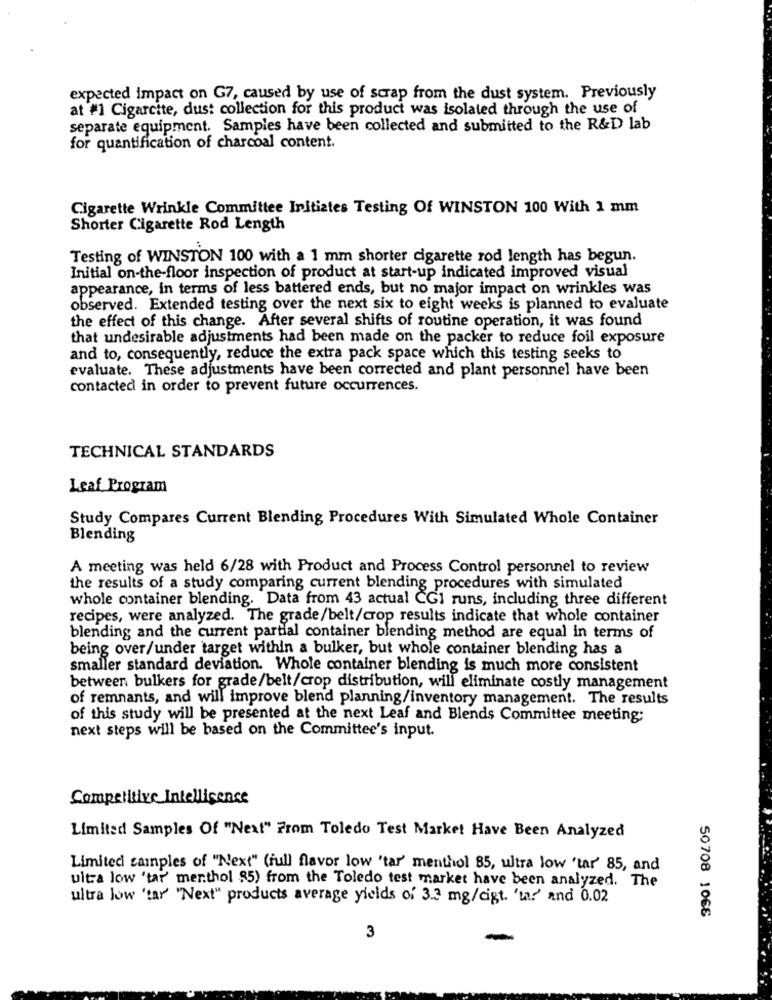
expected impact on G7, caused by use of scrap from the dust system. Previously
at #1 Cigarcite, dust collection for this product was isolated through the use of
separate equipment. Samples have been collected and submitted to the R&D lab
for quantification of charcoal content.
Cigarette Wrinkle Committee Initiates Testing Of WINSTON 100 With 1 mm
Shorter Cigarette Rod Length
Testing of WINSTON 100 with a 1 mm shorter cigarette rod length has begun.
Initial on-the-floor inspection of product at start-up indicated improved visual
appearance, in terms of less battered ends, but no major impact on wrinkles was
observed. Extended testing over the next six to eight weeks is planned to evaluate
the effect of this change. After several shifts of routine operation, it was found
that undesirable adjustments had been made on the packer to reduce foil exposure
and to, consequently, reduce the extra pack space which this testing seeks to
evaluate. These adjustments have been corrected and plant personnel have been
contacted in order to prevent future occurrences.
TECHNICAL STANDARDS
Leaf Program
Study Compares Current Blending Procedures With Simulated Whole Container
Blending
A meeting was held 6/28 with Product and Process Control personnel to review
the results of a study comparing current blending procedures with simulated
whole container blending. Data from 43 actual CGI runs, including three different
recipes, were analyzed. The grade/belt/crop results indicate that whole container
blending and the current partial container blending method are equal in terms of
being over/under target within a bulker, but whole container blending has a
smaller standard deviation. Whole container blending is much more consistent
between bulkers for grade/belt/crop distribution, will eliminate costly management
of remnants, and will improve blend planning/inventory management. The results
of this study will be presented at the next Leaf and Blends Committee meeting:
next steps will be based on the Committee's input.
Competitive Intelligence
Limited Samples Of "Next" From Toledo Test Market Have Been Analyzed
Limitedi samples of "Next" (full flavor low 'tar' menthol 85, ultra low 'tar' 85, and
ultra low 'tar menthol 85) from the Toledo test market have been analyzed. The
ultra low tar "Next" products average yields of 3.3 mg/cigt. 'un. and 0.02
50708 106€
3